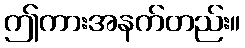
ဤကားအနက်တည်း။